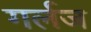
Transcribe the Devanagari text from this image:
गर्लज